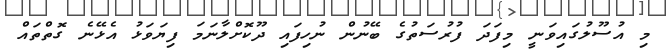
މި އުސޫލުގައިވަނީ މިފަދަ ފުރުސަތުގެ ބޭނުން ނުހިފައި ދޫކޮށްލާނަމަ ފިޔަވަޅު އެޅޭނެ ގޮތްތައް